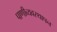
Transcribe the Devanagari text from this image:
पाणीव्यवस्थापन